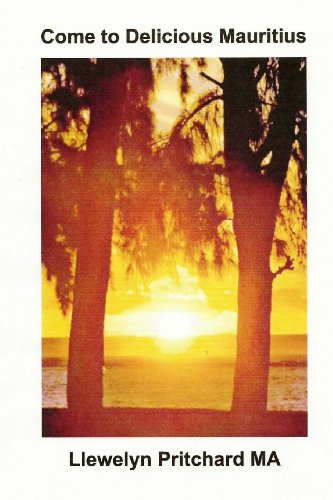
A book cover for Come to Delicious Mauritius: Relax and unwind (Albuns de Fotos) (Portuguese Edition); Llewelyn Pritchard MA; Travel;